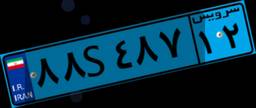
۲۵S۴۵۶۵۶